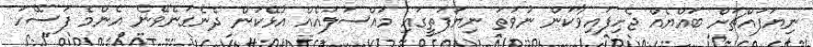
ނިޔަފައްޗަށް ބައްޔެއް ޖެހިފައިވާކަން ނުވަތަ ނިޔަފަތީގައި މައްސަލައެއް އުޅޭކަން ދެނެގަނެވޭނެ އެންމެ ފަސޭހަ